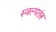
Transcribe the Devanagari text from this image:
स्वल्पतंत्र